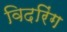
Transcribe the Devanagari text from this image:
विदरिंग